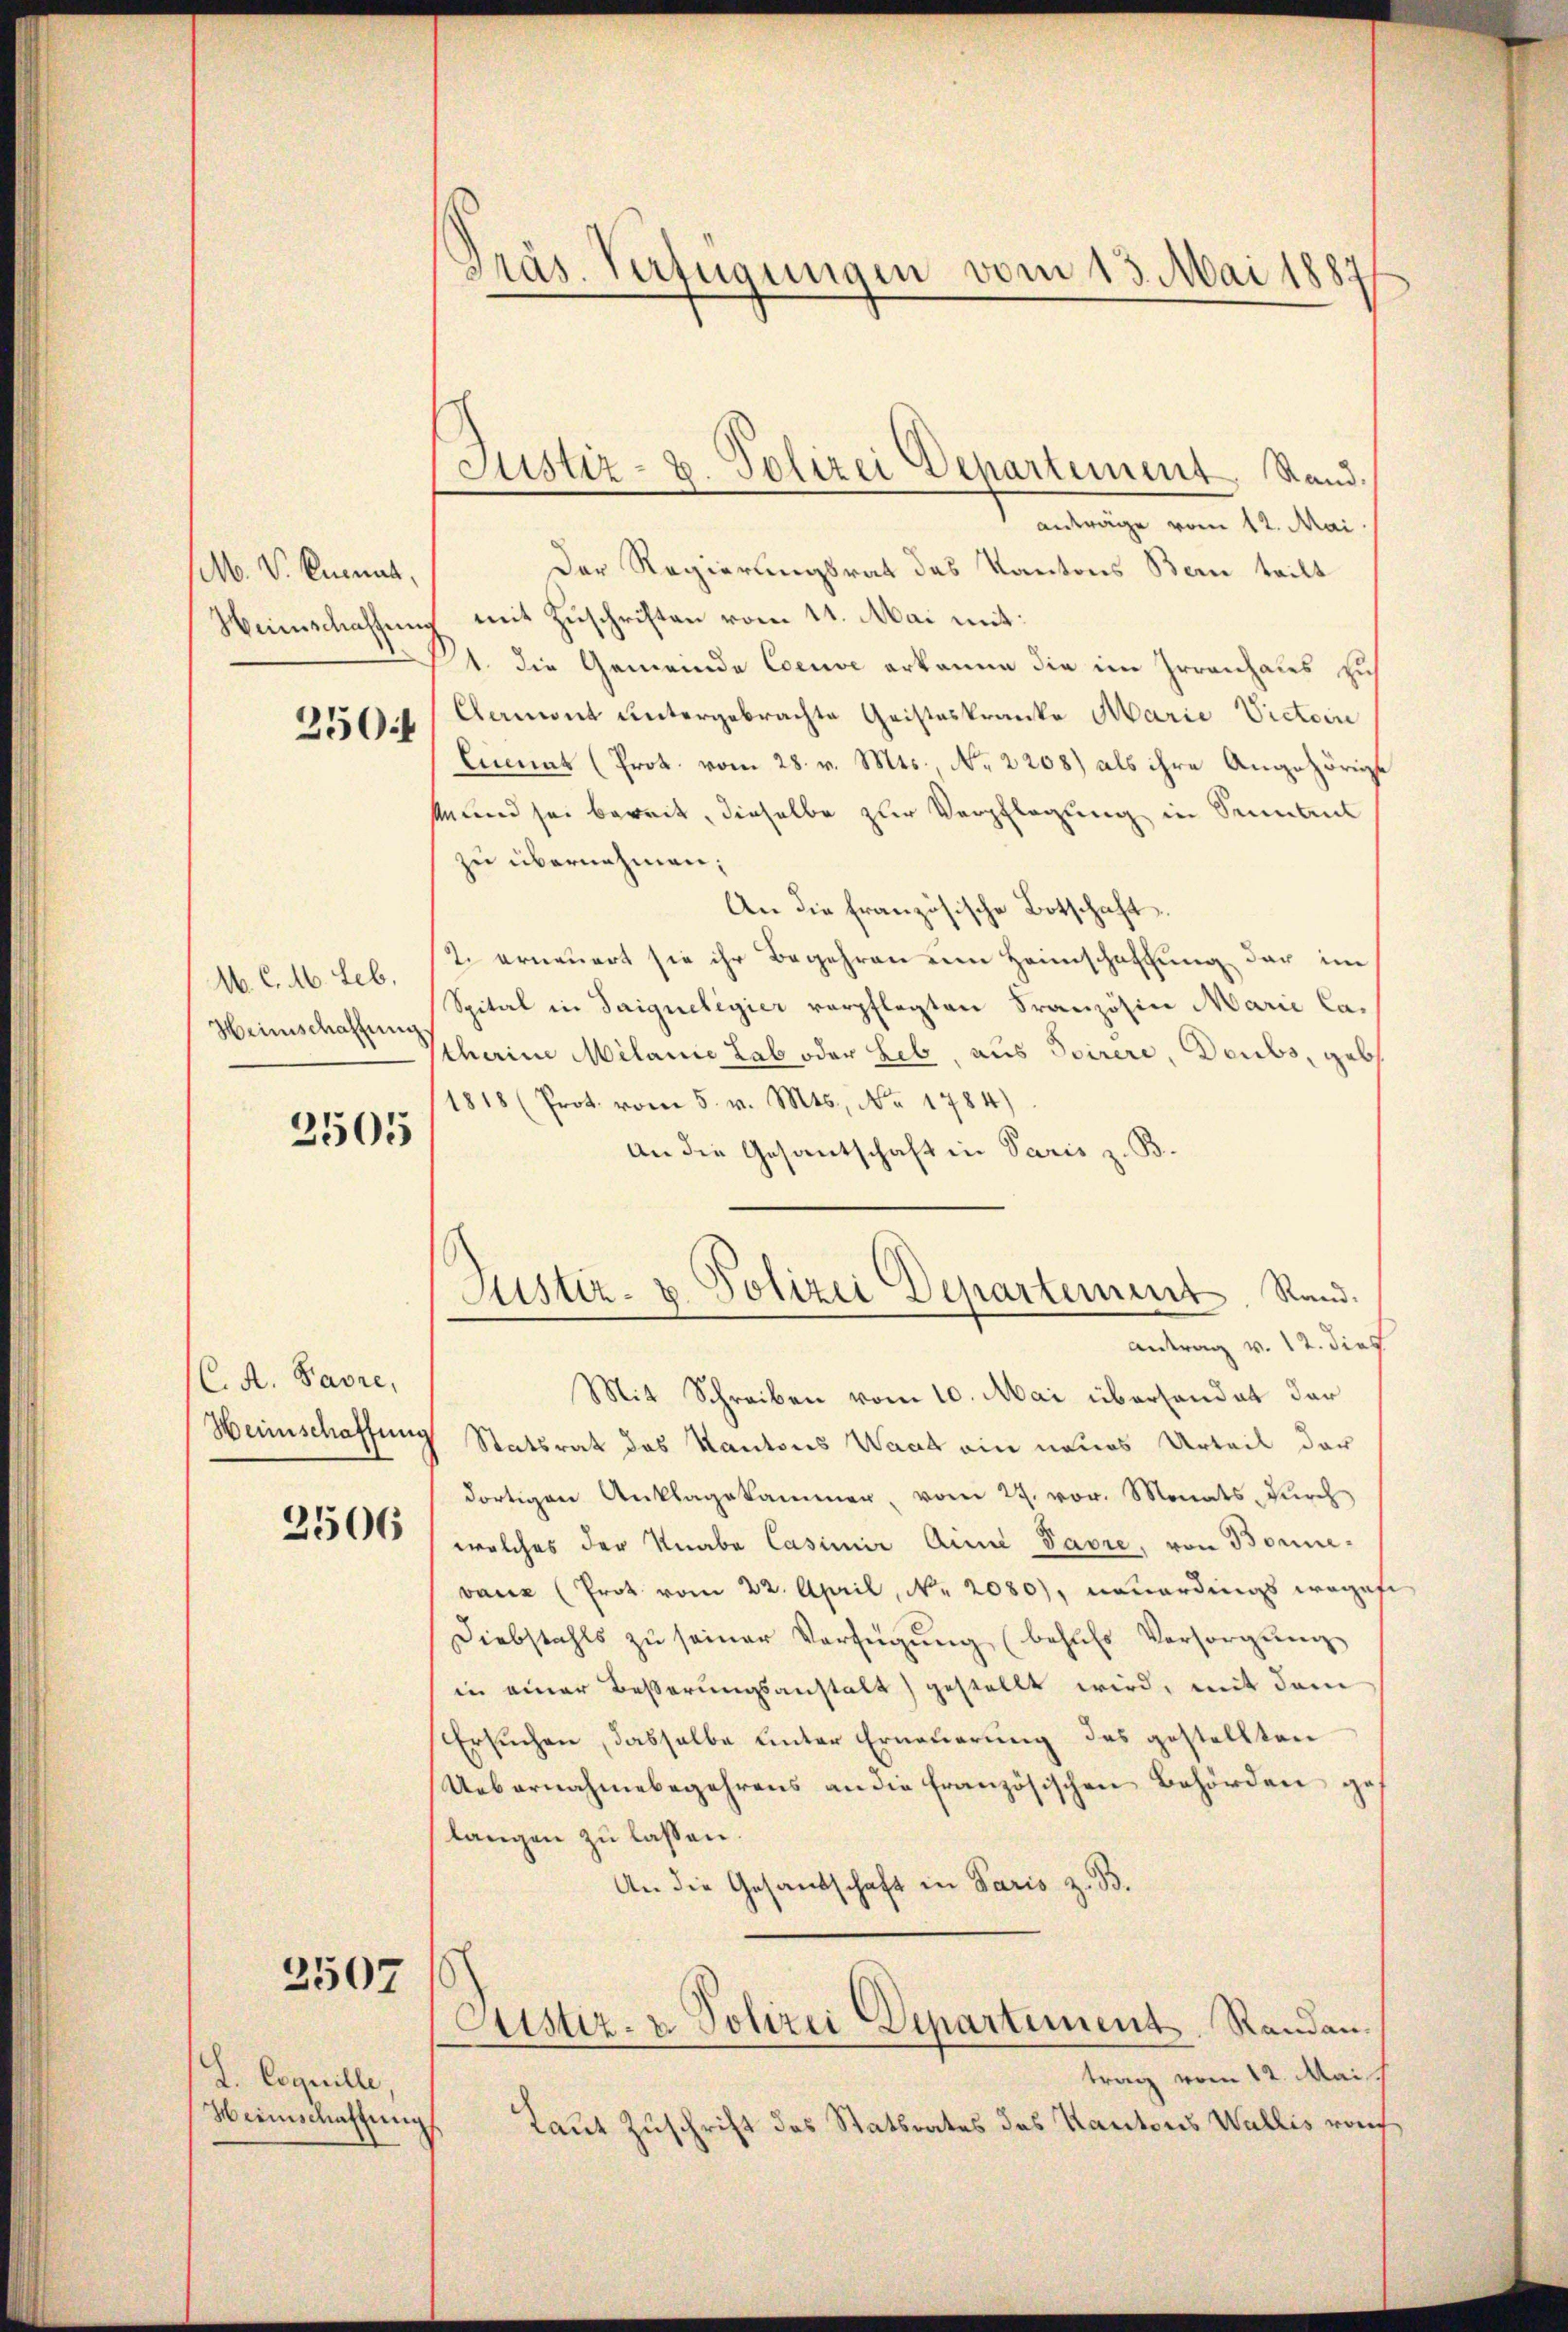
M. V. Knonat,
Heinschaffung
250f

M. C. M. Leb
Heimschaffung

2505

C. A. Favre,
Heinschaffung

2506

2507

L. Coquille,
Heimschaffung

Präs. Verfügungen vom 13. Mai 1887

Justiz- u. Polizei Departement, Stand.

anträge vom 12. Mai.
Der Regierungsrat des Kantons Bern teilt
mit Zuschriften vom 11. Mai mit:
1. die Gemeinde Coeuve erkanne die im Irrenhaus sich
Clamont untergebrachte Geisteskranke Marie Victori
Cumnat (Prot. vom 28. v. Mts., No 2208) als ihre Angehörige
Mund sei bereit, dieselbe zur Verpflegung in Sonnant
zu übernehmen;
An die französische Botschaft.
2. erneuert sie ihr Begehren um Heimschaftung der im
Spital in Saigueligier verpflegten Französin Marie Catharine Milanie Lab oder Leb, aus Toirere, Deubs, geb
1818 (Prot. vom 5. v. Mts., No. 1784)
An die Gesantschaft in Paris z. B.

Justiz- u. Polizei Departement. Rand.
Antrag v. 12. dies

Mit Schreiben vom 10. Mai überhandat dar
Statsrat des Kantons Waat ein neues Urteil der
dortigen Anklagekammer, vom 27. vor. Monats durch
welches der Knabe Casimir Ain Pavre, von Bonnevan (Prot vom 22. April, Nr. 2080), neuerdings wegef
Diebstahls zŭ seiner Verfügŭng (behŭfs Versorgŭng
in einer Besserungsanstalt) gestellt wird, mit dem
Ersuchen, dasselbe unter Erneuerung des gestellten
Uebernahmebegehrens an die französischen Behörden gelangen zu lassen.
An die Gesandschaft in Paris z. B.
Austiz- & Polizei Departement Randantrag vom 12. Mai
Laut Zuschrift des Statsrates des Kantons Wallis rauf